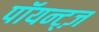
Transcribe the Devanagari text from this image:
पॉयन्ट्ज़